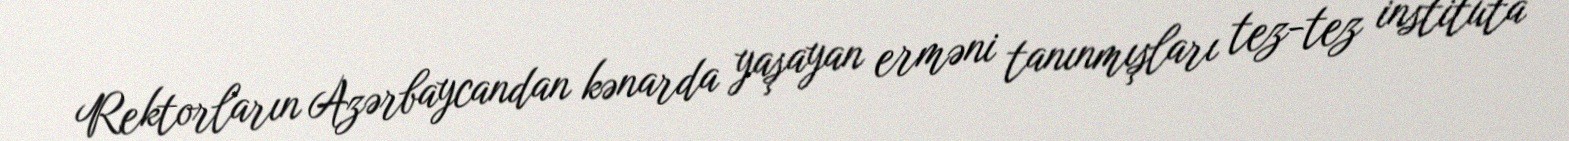
Rektorların Azərbaycandan kənarda yaşayan erməni tanınmışları tez-tez instituta